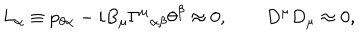
LaTeX: L _ { \alpha } \equiv p _ { \theta \alpha } - i B _ { \mu } { \Gamma ^ { \mu } } _ { \alpha \beta } \theta ^ { \beta } \approx 0 , \qquad D ^ { \mu } D _ { \mu } \approx 0 ,